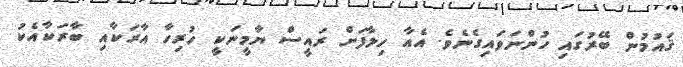
ޤައުމުން ބޭރުގައި ހުންނަވައިގެނެވެ. އެއާ ހިލާފަށް ރައީސް ޔާމީނަކީ ހުރިހާ އާރަކާއި ބާރަކާއެކު